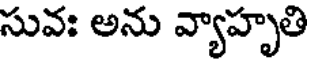
సువః అను వ్యాహృతి